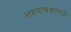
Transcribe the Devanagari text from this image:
स्थापत्यकारांनी